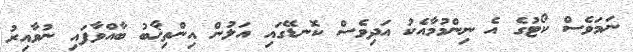
ނަމަވެސް ކޯޓުގެ އެ ނިންމުމާއެކު އަދިވެސް ކޮނޑޭގައި އަލުން އިންތިޚާބު ބާއްވާފައި ނުވާއިރު